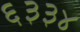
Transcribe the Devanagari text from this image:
६३३४